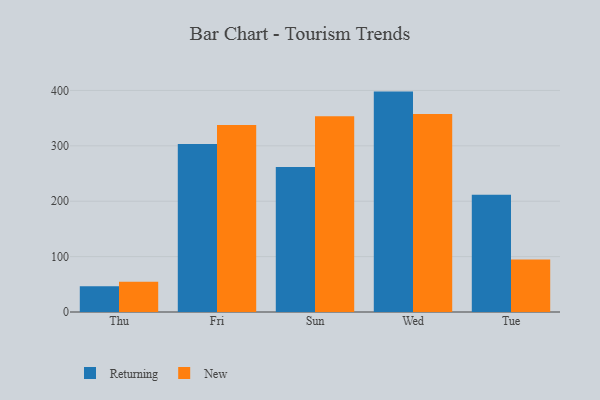
{"axis": {"x": "Day", "y": "Temperature (°C)"}, "legend": ["New", "Returning"], "data": [{"x": "Thu", "y": 46.3, "type": "Returning"}, {"x": "Thu", "y": 54.5, "type": "New"}, {"x": "Fri", "y": 303.3, "type": "Returning"}, {"x": "Fri", "y": 337.5, "type": "New"}, {"x": "Sun", "y": 261.9, "type": "Returning"}, {"x": "Sun", "y": 353.5, "type": "New"}, {"x": "Wed", "y": 397.9, "type": "Returning"}, {"x": "Wed", "y": 357.4, "type": "New"}, {"x": "Tue", "y": 211.6, "type": "Returning"}, {"x": "Tue", "y": 94.6, "type": "New"}]}